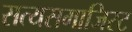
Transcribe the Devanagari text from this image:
सत्यसमाजिस्ट